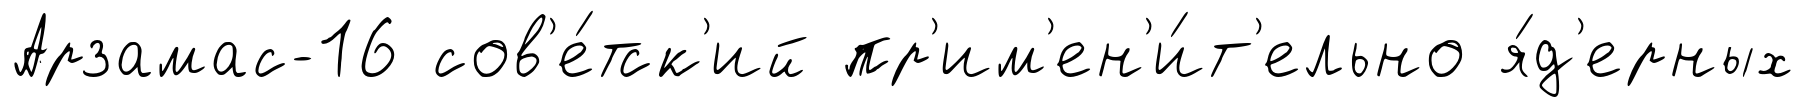
Арзамас-16 сов'е́тск'ий пр'им'ен'и́т'ельно я́д'ерных